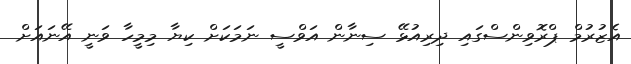
އެޒުރުމް ޕްރޮވިންސްގައި ދިރިއުޅޭ ސިނާން އަވްސީ ނަމަކަށް ކިޔާ މިމީހާ ވަނީ އޭނައަށް